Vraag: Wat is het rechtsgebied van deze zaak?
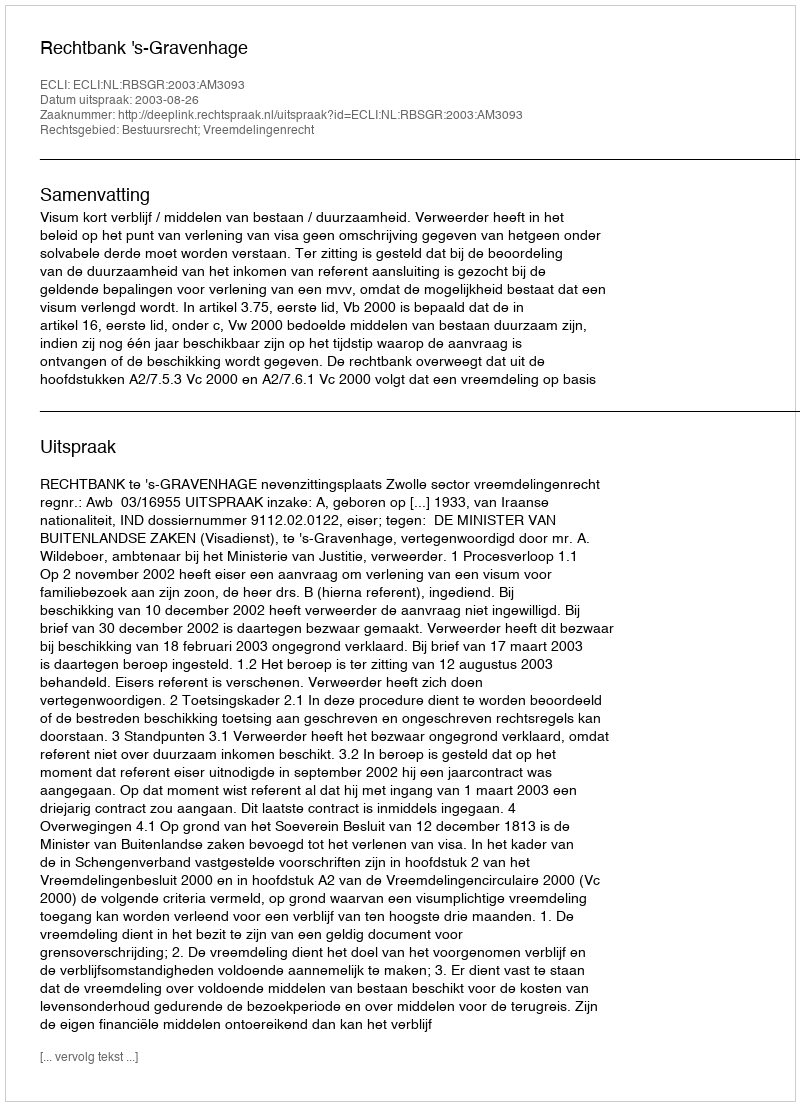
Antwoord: Bestuursrecht; Vreemdelingenrecht